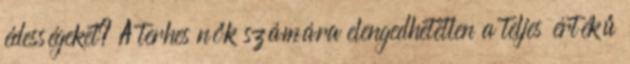
édességeket? A terhes nők számára elengedhetetlen a teljes értékű